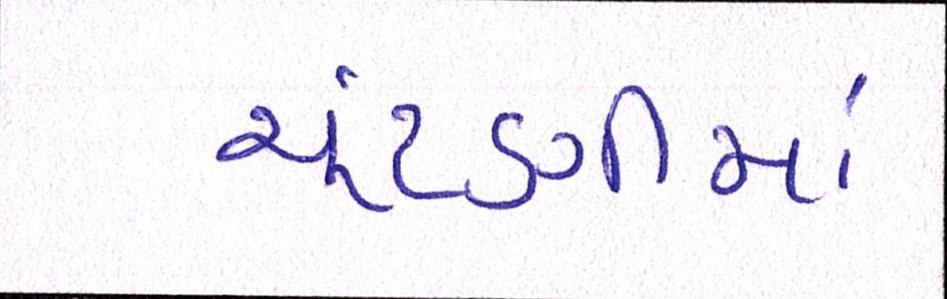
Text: ચૂંટણીમાં